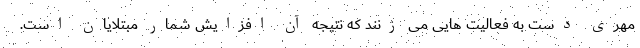
مهری دست به فعالیت هایی می زنند که نتیجه آن افزایش شمار مبتلایان است.